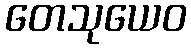
တေသုယေဝ